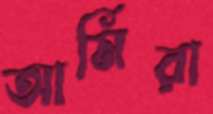
আর্মিরা